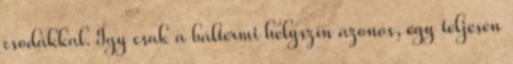
csodákkal. Így csak a báltermi helyszín azonos, egy teljesen